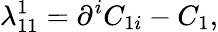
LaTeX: \lambda_{11}^{1}=\partial^{i}C_{1i}-C_{1},